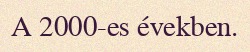
A 2000-es években.